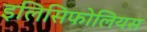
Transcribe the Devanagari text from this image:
इलिसिफोलियस